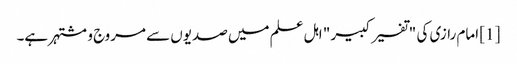
[1] امام رازی کی "تفسیر کبیر " اہل علم میں صدیوں سے مروج و مشتہر ہے۔